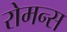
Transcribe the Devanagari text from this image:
रोमन्स